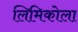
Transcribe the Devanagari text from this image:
लिमिकोला